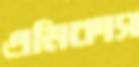
এমিকাস